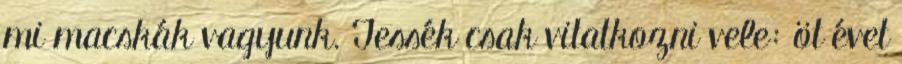
mi macskák vagyunk. Tessék csak vitatkozni vele: öt évet